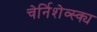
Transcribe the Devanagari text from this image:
चेर्निशेव्स्क्य